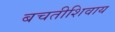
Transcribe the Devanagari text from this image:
बचतीशिवाय